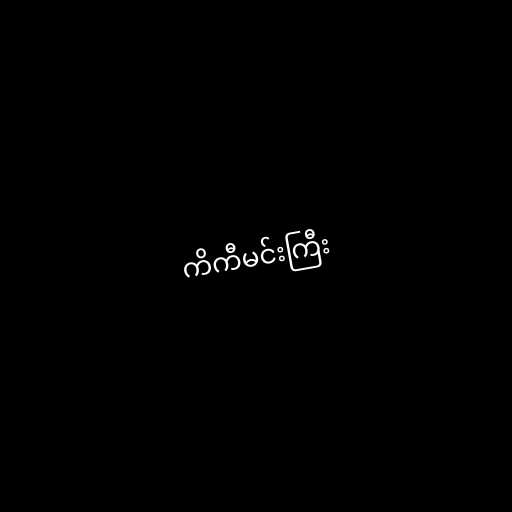
ကိကီမင်းကြီး